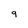
Character: 9